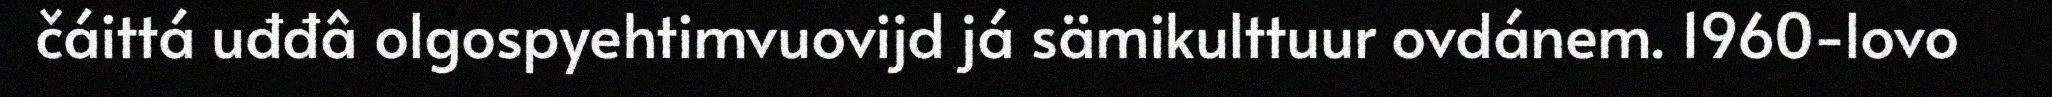
čáittá uđđâ olgospyehtimvuovijd já sämikulttuur ovdánem. 1960-lovo